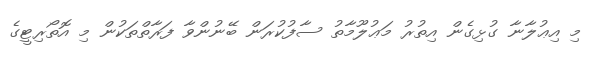
މި އިޢުލާނާ ގުޅިގެން އިތުރު މަޢުލޫމާތު ސާފުކުރަން ބޭނުންވާ ފަރާތްތަކުން މި އޮތޯރިޓީގެ